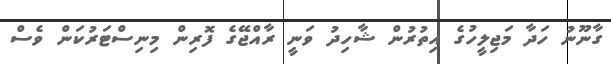
ގާނޫނު ހަދާ މަޖިލީހުގެ އިތުރުން ޝާހިދު ވަނީ ރާއްޖޭގެ ފޮރިން މިނިސްޓަރުކަން ވެސް